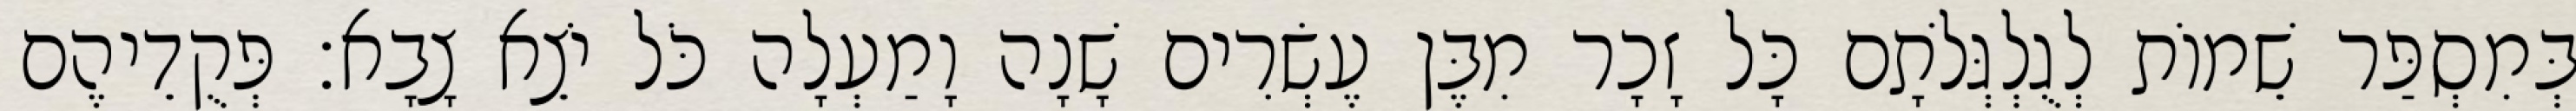
בְּמִסְפַּר שֵׁמוֹת לְגֻלְגְּלֹתָם כָּל זָכָר מִבֶּן עֶשְׂרִים שָׁנָה וָמַעְלָה כֹּל יֹצֵא צָבָא׃ פְּקֻדֵיהֶם